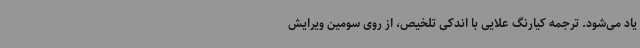
یاد می‌شود. ترجمه کیارنگ علایی با اندکی تلخیص، از روی سومین ویرایش